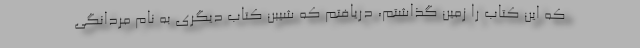
که این کتاب را زمین گذاشتم، دریافتم که شیبن کتاب دیگری به نام مردانگی